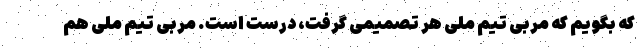
که بگویم که مربی تیم ملی هر تصمیمی گرفت، درست است. مربی تیم ملی هم